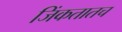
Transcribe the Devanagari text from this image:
जिंकतातच